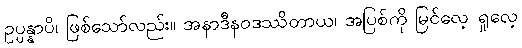
ဥပ္ပန္နာပိ၊ ဖြစ်သော်လည်း။ အနာဒီနဝဒဿိတာယ၊ အပြစ်ကို မြင်လေ့ ရှုလေ့